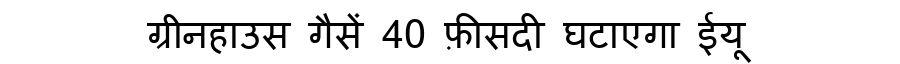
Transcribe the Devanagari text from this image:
ग्रीनहाउस गैसें 40 फ़ीसदी घटाएगा ईयू